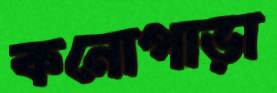
কনোপাড়া